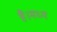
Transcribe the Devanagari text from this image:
है।मध्य